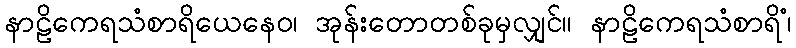
နာဠိကေရသံစာရိယေနေဝ၊ အုန်းတောတစ်ခုမှလျှင်။ နာဠိကေရသံစာရိံ၊